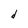
Character: d